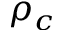
\rho _ { c }